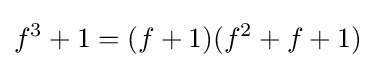
f^{3}+1=(f+1)(f^{2}+f+1)